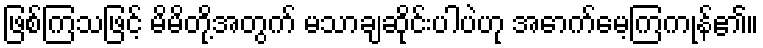
ဖြစ်ကြသဖြင့် မိမိတို့အတွက် မသာချဆိုင်းပါပဲဟု အောက်မေ့ကြကုန်၏။